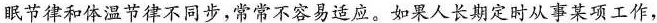
睡眠节律和体温节律不同步，常常不容易适应。如果人长期定时从事某项工作，